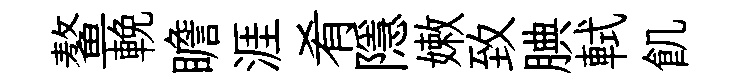
鳌輓瞻涯肴隱嫩致腆軾飢